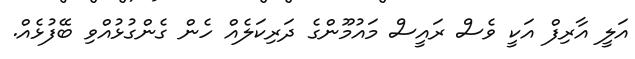
އަލީ އާރިފް އަކީ ވެސް ރައީސް މައުމޫންގެ ދަރިކަލެއް ހެން ގެންގުޅުއްވި ބޭފުޅެއް.